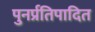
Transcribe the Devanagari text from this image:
पुनर्प्रतिपादित